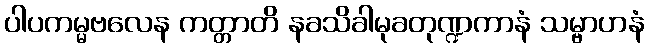
ပါပကမ္မဗလေန ကတ္တာတိ နခသိခါမုခတုဏ္ဍကာနံ သမ္ဗာဟနံ